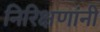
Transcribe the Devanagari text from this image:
निरिक्षणांनी